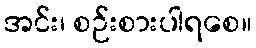
အင်း၊ စဉ်းစားပါရစေ။